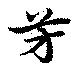
芳